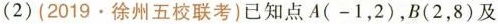
(2)(2019·徐州五校联考)已知点A(-1，2)，B(2，8)及